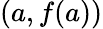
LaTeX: \left(a,f(a)\right)